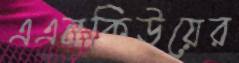
এএনকিউয়ের